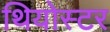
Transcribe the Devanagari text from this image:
थियोस्टर